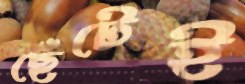
ছেঁটেই